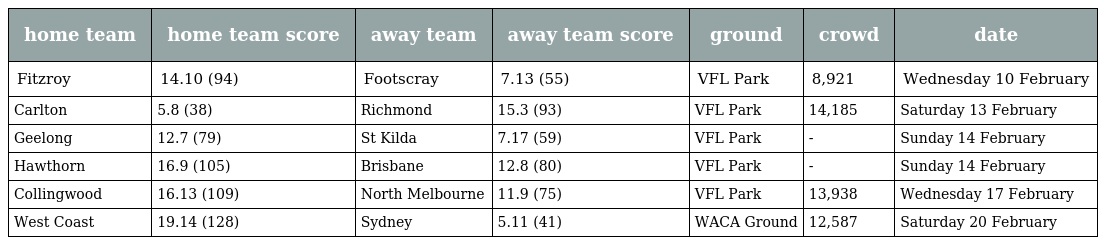
| home team | home team score | away team | away team score | ground | crowd | date |
 | --- | --- | --- | --- | --- | --- | --- |
 | Fitzroy | 14.10 (94) | Footscray | 7.13 (55) | VFL Park | 8,921 | Wednesday 10 February |
 | Carlton | 5.8 (38) | Richmond | 15.3 (93) | VFL Park | 14,185 | Saturday 13 February |
 | Geelong | 12.7 (79) | St Kilda | 7.17 (59) | VFL Park | - | Sunday 14 February |
 | Hawthorn | 16.9 (105) | Brisbane | 12.8 (80) | VFL Park | - | Sunday 14 February |
 | Collingwood | 16.13 (109) | North Melbourne | 11.9 (75) | VFL Park | 13,938 | Wednesday 17 February |
 | West Coast | 19.14 (128) | Sydney | 5.11 (41) | WACA Ground | 12,587 | Saturday 20 February |